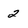
Character: 2